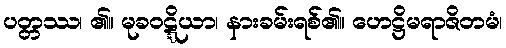
ပတ္တဿ၊ ၏။ မုခဝဋ္ဋိယာ၊ နားခမ်းရစ်၏။ ဟေဋ္ဌိမရာဇိတမံ၊